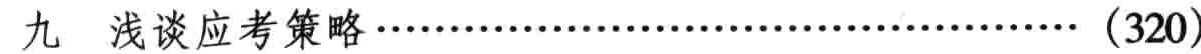
九 浅谈应考策略\ldots\ldots\ldots\ldots\ldots\ldots\ldots\ldots\ldots\ldots\ldots\ldots\ldots\ldots\ldots\ldots (320)